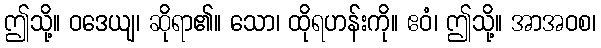
ဤသို့။ ဝဒေယျ၊ ဆိုရာ၏။ သော၊ ထိုရဟန်းကို။ ဧဝံ၊ ဤသို့။ အာအဝစ၊